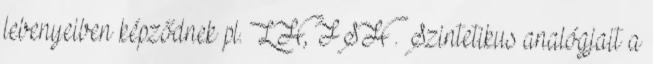
lebenyeiben képződnek pl. LH, FSH . Szintetikus analógjait a